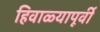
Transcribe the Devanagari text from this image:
हिवाळ्यापूर्वी